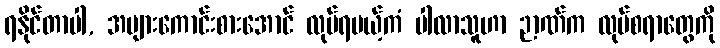
ရနိုင်တာပါ, အများကောင်းစားအောင် လုပ်ရမယ့်ကံ ပါလာသူဟာ ဉာဏ်က လုပ်စရာတွေကို